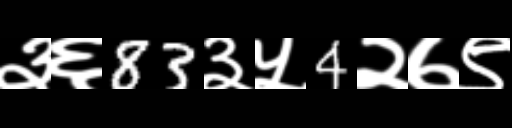
Text: ३६83३५4२७९